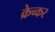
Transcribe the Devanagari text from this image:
क्रेच्कर